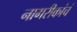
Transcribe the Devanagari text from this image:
नागरीकांचं